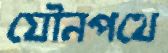
যৌনপথে